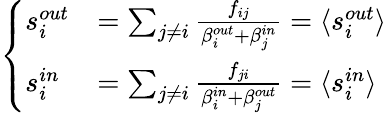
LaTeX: \left\{ \begin{array}{ll}{s_{i}^{out}}&{=\sum_{j\neq i}\frac{f_{ij}}{\beta_{i}^{out}+\beta_{j}^{in}}=\langle s_{i}^{out}\rangle}\\ {s_{i}^{in}}&{=\sum_{j\neq i}\frac{f_{ji}}{\beta_{i}^{in}+\beta_{j}^{out}}=\langle s_{i}^{in}\rangle}\end{array}\right.